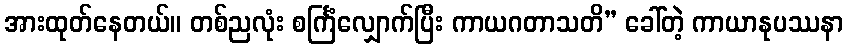
အားထုတ်နေတယ်။ တစ်ညလုံး စင်္ကြံလျှောက်ပြီး ကာယဂတာသတိ” ခေါ်တဲ့ ကာယာနုပဿနာ